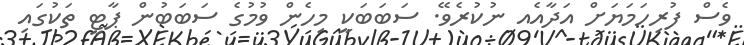
ވެސް ފުރިހަމަޔަށް އަދާއެއ ނުކުރެވޭ. ސަބަބަކީ މިހެން ވުމުގެ ސަބަބުން ޕާޓީ ތަކުގައި